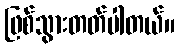
ဖြစ်သွားတတ်ပါတယ်။